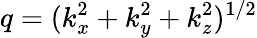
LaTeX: q=(k_{x}^{2}+k_{y}^{2}+k_{z}^{2})^{1/2}